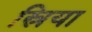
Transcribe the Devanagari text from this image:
स्रिया